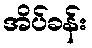
အိပ်ခန်း